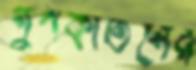
গুণকীর্তনের